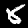
Label: 8